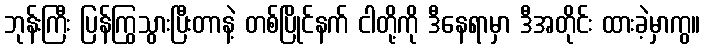
ဘုန်းကြီး ပြန်ကြွသွားပြီးတာနဲ့ တစ်ပြိုင်နက် ငါတို့ကို ဒီနေရာမှာ ဒီအတိုင်း ထားခဲ့မှာကွ။